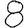
Digit: 8